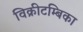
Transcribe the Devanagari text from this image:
विक्रीटम्बिका